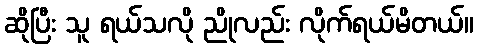
ဆိုပြီး သူ ရယ်သလို ညိုလည်း လိုက်ရယ်မိတယ်။